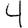
Digit: 4